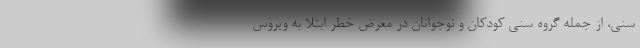
سنی، از جمله گروه سنی کودکان و نوجوانان در معرض خطر ابتلا به ویروس